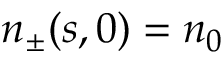
n _ { \pm } ( s , 0 ) = n _ { 0 }